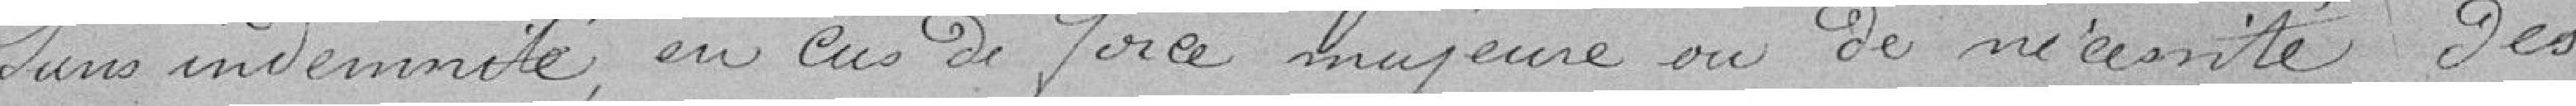
sans indemnité, en cas de force majeure ou de nécessité des